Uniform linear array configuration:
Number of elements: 4
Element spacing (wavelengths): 1
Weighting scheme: blackman
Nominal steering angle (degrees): -30
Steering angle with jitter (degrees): -28.261
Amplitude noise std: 0.05
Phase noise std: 0.05

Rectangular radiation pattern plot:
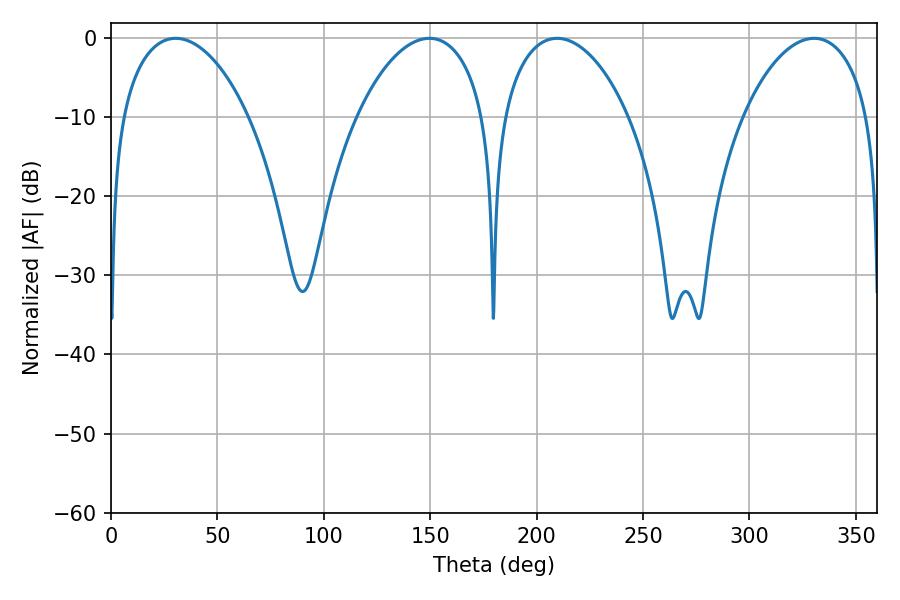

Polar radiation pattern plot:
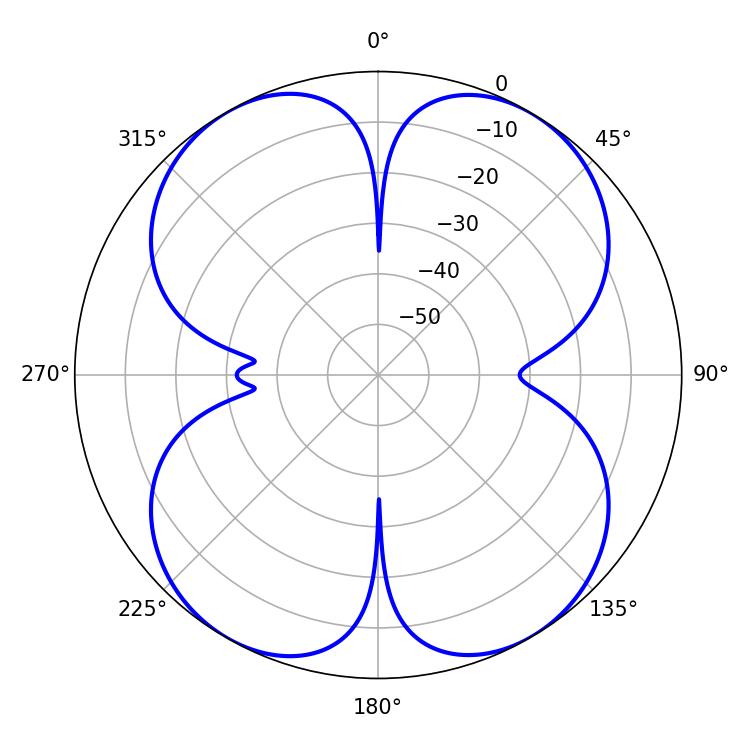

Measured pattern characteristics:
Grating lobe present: TRUE
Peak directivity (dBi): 19.094
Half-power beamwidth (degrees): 34.02
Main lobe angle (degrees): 30.42